Indian journal of veterinary science and animal husbandry - Volume 2,
Year: 1932
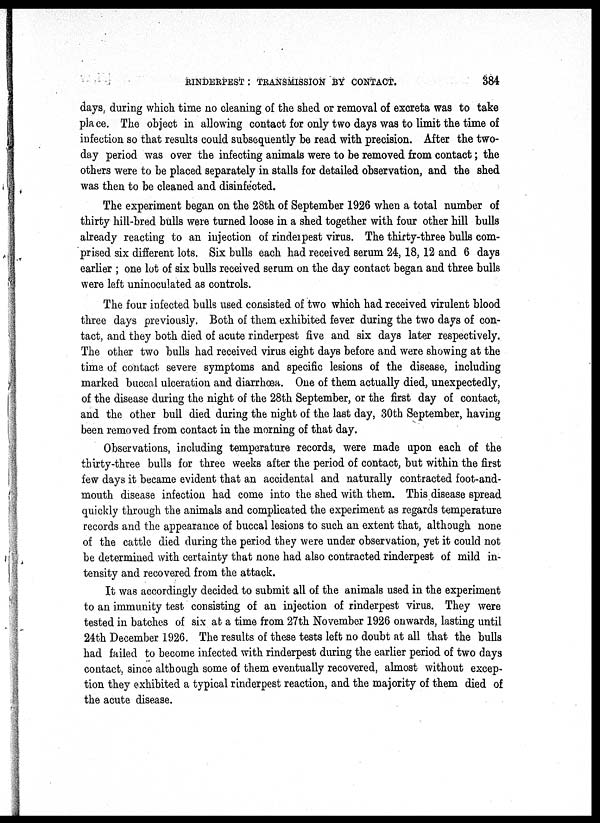
RIDERPEST : TRANSMISSION BY CONTACT. 384
days, during which time no cleaning of the shed or removal of excreta was to take
place. The object in allowing contact for only two days was to limit the time of
infection so that results could subsequently be read with precision. After the two-
day period was over the infecting animals were to be removed from contact; the
others were to be placed separately in stalls for detailed observation, and the shed
was then to be cleaned and disinfected.
The experiment began on the 28th of September 1926 when a total number of
thirty hill-bred bulls were turned loose in a shed together with four other hill bulls
already reacting to an injection of rinderpest virus. The thirty-three bulls com-
prised six different lots. Six bulls each had received serum 24, 18, 12 and 6 days
earlier ; one lot of six bulls received serum on the day contact began and three bulls
were left uninoculated as controls.
The four infected bulls used consisted of two which had received virulent blood
three days previously. Both of them exhibited fever during the two days of con-
tact, and they both died of acute rinderpest five and six days later respectively.
The other two bulls had received virus eight days before and were showing at the
time of contact severe symptoms and specific lesions of the disease, including
marked buccal ulceration and diarrhœa. One of them actually died, unexpectedly,
of the disease during the night of the 28th September, or the first day of contact,
and the other bull died during the night of the last day, 30th September, having
been removed from contact in the morning of that day.
Observations, including temperature records, were made upon each of the
thirty-three bulls for three weeks after the period of contact, but within the first
few days it became evident that an accidental and naturally contracted foot-and-
mouth disease infection had come into the shed with them. This disease spread
quickly through the animals and complicated the experiment as regards temperature
records and the appearance of buccal lesions to such an extent that, although none
of the cattle died during the period they were under observation, yet it could not
be determined with certainty that none had also contracted rinderpest of mild in-
tensity and recovered from the attack.
It was accordingly decided to submit all of the animals used in the experiment
to an immunity test consisting of an injection of rinderpest virus. They were
tested in batches of six at a time from 27th November 1926 onwards, lasting until
24th December 1926. The results of these tests left no doubt at all that the bulls
had failed to become infected with rinderpest during the earlier period of two days
contact, since although some of them eventually recovered, almost without excep-
tion they exhibited a typical rinderpest reaction, and the majority of them died of
the acute disease.